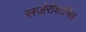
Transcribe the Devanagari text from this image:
सर्जरीशामिल